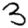
Digit: 3